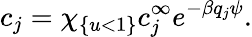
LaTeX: c_{j}=\chi_{\{ u<1\} }c_{j}^{\infty}e^{-\beta q_{j}\psi}.